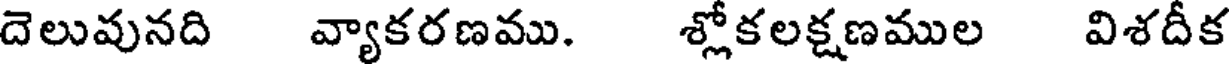
దెలువునది వ్యాకరణము. శ్లోకలక్షణముల విశదీక